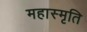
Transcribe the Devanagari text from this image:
महास्मृति